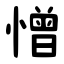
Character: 憎